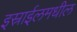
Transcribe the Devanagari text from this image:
इस्राईलमधील